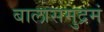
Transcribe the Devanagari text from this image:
बालासमुद्रमं